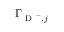
\Gamma _ { \mathrm { ~ D ~ } ^ { + } , j }